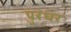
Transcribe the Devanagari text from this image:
पुरंधर